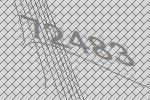
72483